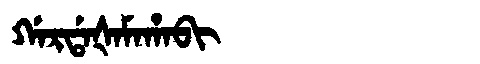
Manchu: ᡤᠠᡵᡩᠠᡧᠠᠮᠠᡥᠠᠪᡳ
Romanization: GARDAŠAMAHABI